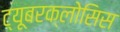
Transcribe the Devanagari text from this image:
ट्यूबरक्लोसिस